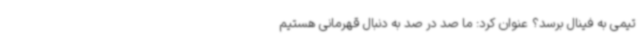
تیمی به فینال برسد؟ عنوان کرد: ما صد در صد به دنبال قهرمانی هستیم